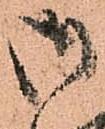
御